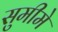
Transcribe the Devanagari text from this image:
सुमीमे